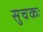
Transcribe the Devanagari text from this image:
सुचकः